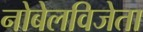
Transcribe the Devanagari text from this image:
नोबेलविजेता